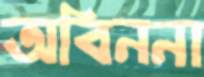
অবিননা